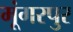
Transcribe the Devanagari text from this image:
मूंगरपुर